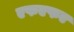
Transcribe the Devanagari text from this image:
एफएफए